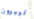
ليبرون